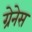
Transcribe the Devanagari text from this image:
ग्रेनेस